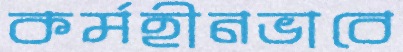
কর্মহীনভাবে